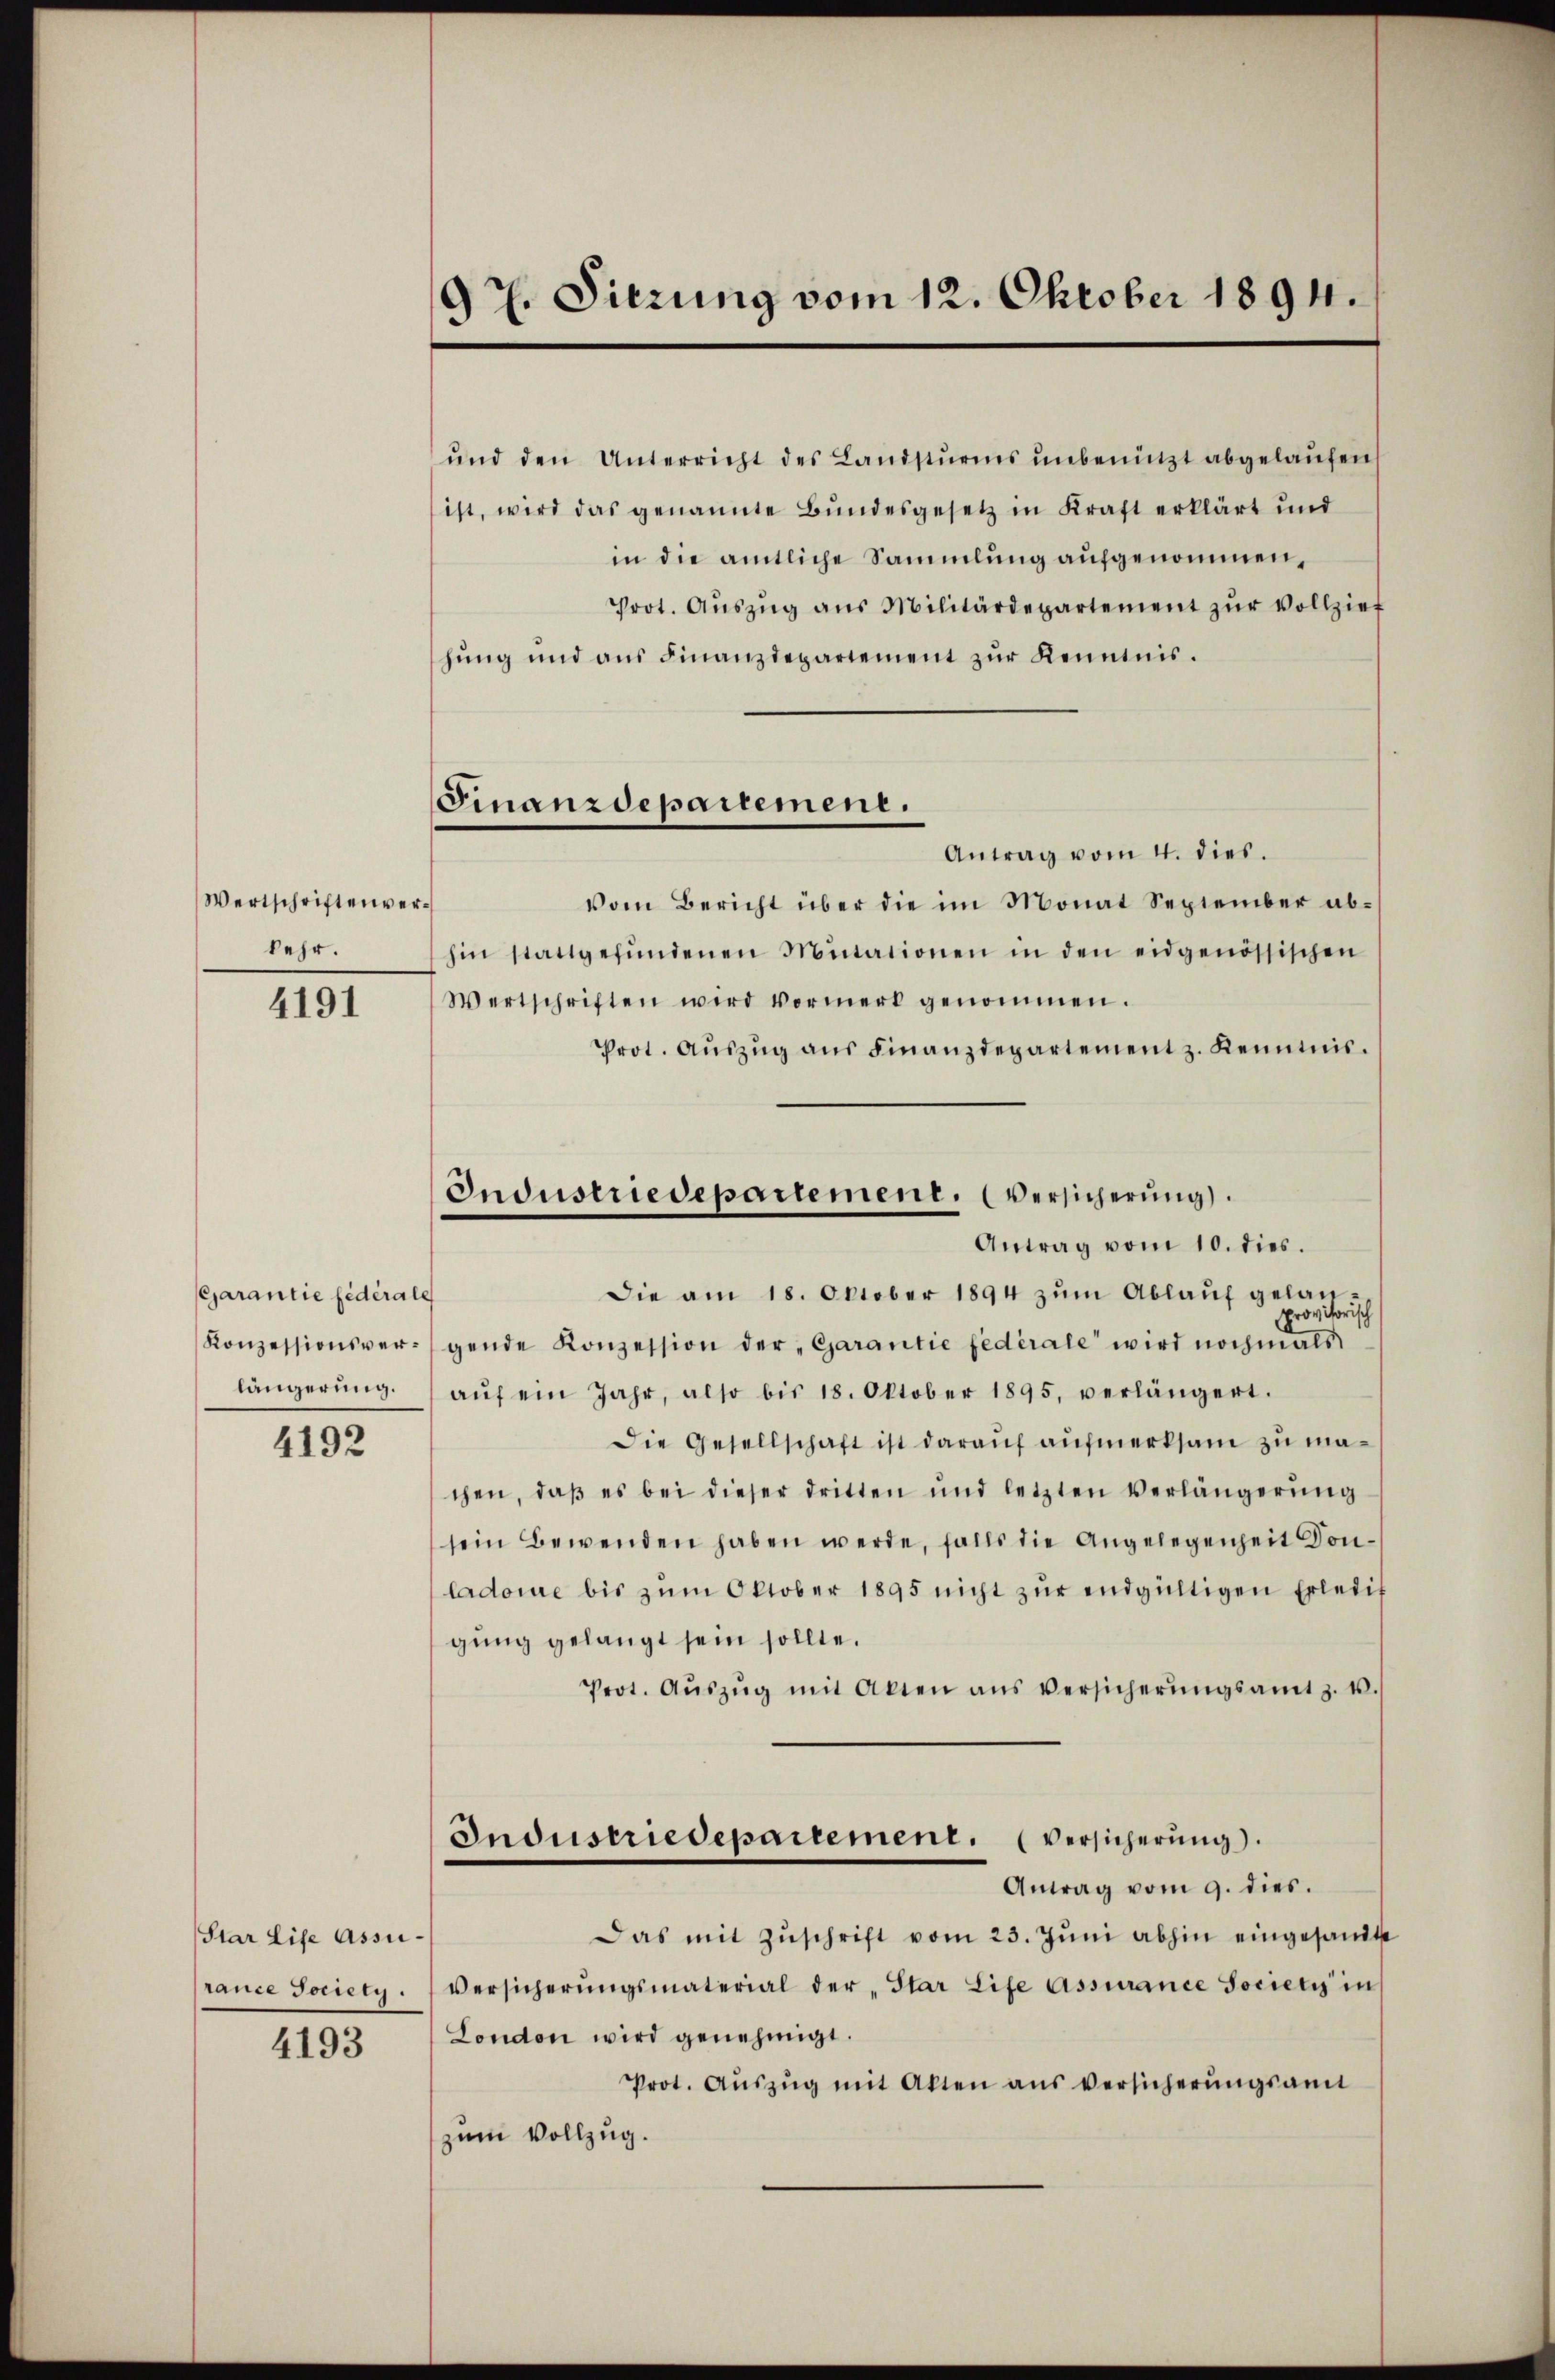
Wertschriften verkehr.

4191

Garantie fédérale
längerung.

4192

Star Life Assirance Society.

4193

97. Dierung vom 12. Oktober 1894.

Finanzdepartemene.

Industriedepartement. Versicherung
Antrag vom 10. dies.

ŭnd den Unterricht des Landsturms unbenützt abgelaŭfen
ist, wird das genannte Bŭndesgesetz in Kraft erklärt und
in die amtliche Sammlung aufgenommen,
Prot. Aŭszŭg aŭs Militärdepartement zŭr Vollzieh
hŭng und aŭs Finanzdepartement zŭr Kenntnis.
Antrag vom 4. dies.
Vom Bericht über die im Monat September abhin stattgefŭndenen Mitationen in den eidgenössischen
Wertschriften wird vormerk genommen.
Prot. Aŭszŭg aŭs Finanzdepartement z. Kenntnis.
Die am 18. Oktober 1894 zŭm Ablaŭf gelanprovisorisch
Konzessionsvergende Konzession der „Garantie fédérale wird nochmals
aŭf ein Jahr, also bis 18. Oktober 1895, verlängert.
Die Gesellschaft ist darauf aufmerksam zu machen, daβ es bei dieser dritten und letzten Verlängerŭng
sein Bewenden haben werde, falls die Angelegenheit Donladore bis zŭm Oktober 1895 nicht zŭr endgültigen Erledig
gŭng gelangt sein sollte.
Prot. Aŭszŭg mit Akten ans Versicherŭngsamt z. u.
Industriedepartement. (Versicherung).
Antrag vom 9. dies.
Das mit Zŭschrift vom 23. Jŭni abhin eingesandte
Versicherŭngsmaterial der „Star Life Assurance Societs in
London wird genehmigt.
Prot. Aŭszŭg mit Akten ans versicherŭngsamt
zum Vollzug.